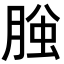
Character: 𦜱